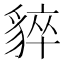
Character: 𧳚